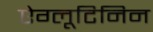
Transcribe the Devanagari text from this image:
ऐग्लूटिनिन